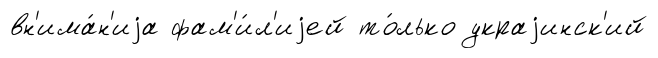
вн'има́н'иjа фам'и́л'иjей то́лько украjинск'ий